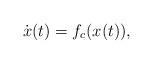
LaTeX: \begin{align*}\dot{x}(t)=f_c(x(t)),\end{align*}